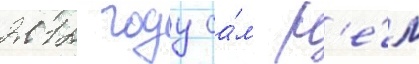
2012 году са́м р'е́м